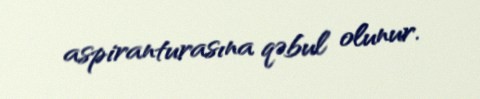
aspiranturasına qəbul olunur.